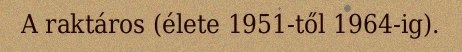
A raktáros (élete 1951-től 1964-ig).